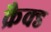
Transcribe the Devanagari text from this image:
क्रैक्ड